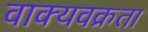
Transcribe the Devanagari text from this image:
वाक्यवक्रता